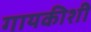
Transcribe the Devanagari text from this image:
गायकीशी